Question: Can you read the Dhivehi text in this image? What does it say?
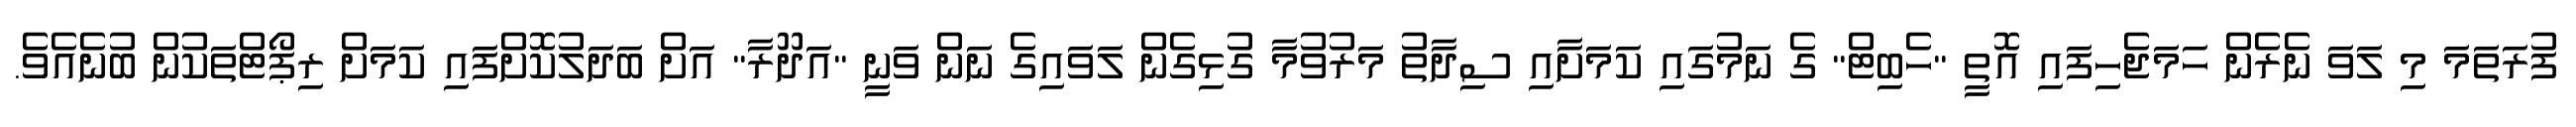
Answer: ފުރަތަމަ މި ލަވަ ނެރެން ހަމަޖެހިފައި އޮތީ "ހެބިޓް" ގެ ނަމުގައި ކަމަށާއި ސިދާތު މަރުވުމާ ގުޅިގެން ލަވައިގެ ނަން ވަނީ "އަދޫރާ" އަށް ބަދަލުކޮށްފައި ކަމަށް ރިޕޯޓްތަކުން ބުނެއެވެ.